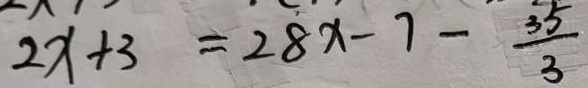
2 x + 3 = 2 8 x - 7 - \frac { 3 5 } { 3 }